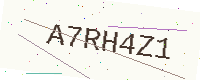
Text: A7RH4Z1